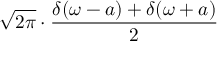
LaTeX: { \sqrt { 2 \pi } } \cdot { \frac { \delta ( \omega - a ) + \delta ( \omega + a ) } { 2 } }